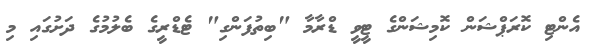
އެންޓި ކޮރަޕްޝަން ކޮމިޝަންގެ ޓީވީ ޑްރާމާ "ބިތުފަންގި" ޓެޑްރީގެ ބެލުމުގެ ދަށުގައި މި